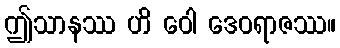
ဤသာနဿ ဟိ ဝေါ ဒေဝရာဇဿ။